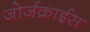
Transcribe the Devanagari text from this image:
जोर्जक्राईस